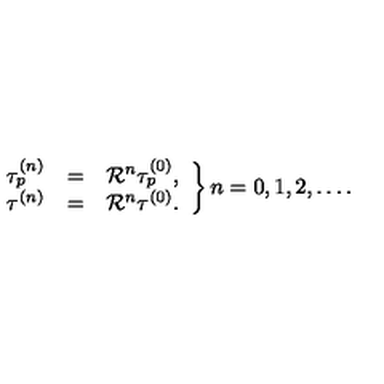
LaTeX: \left. \begin{array} { r c l } { \tau _ { p } ^ { ( n ) } } & { = } & { { \cal R } ^ { n } \tau _ { p } ^ { ( 0 ) } , } \\ { \tau ^ { ( n ) } } & { = } & { { \cal R } ^ { n } \tau ^ { ( 0 ) } . } \\ \end{array} \right\} n = 0 , 1 , 2 , \ldots .